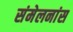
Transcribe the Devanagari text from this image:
संमेलनांस